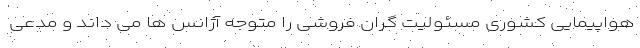
هواپیمایی کشوری مسئولیت گران فروشی را متوجه آژانس ها می داند و مدعی